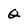
Character: q